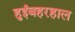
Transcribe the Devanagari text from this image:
हुईंबहरहाल